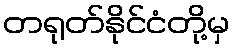
တရုတ်နိုင်ငံတို့မှ